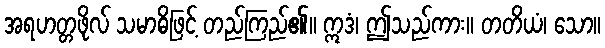
အရဟတ္တဖိုလ် သမာဓိဖြင့် တည်ကြည်၏။ ဣဒံ၊ ဤသည်ကား။ တတိယံ၊ သော။